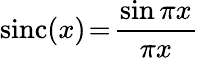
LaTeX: \mathrm{sinc}(x)\! =\! \frac{\sin{\pi x}}{\pi x}